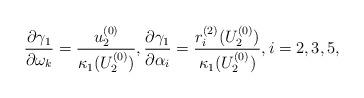
LaTeX: \begin{align*}\frac{\partial\gamma_1}{\partial\omega_k}=\frac{{u}_2^{(0)}}{\kappa_1({U}_2^{(0)})},\frac{\partial\gamma_1}{\partial\alpha_i}=\frac{r_{i}^{(2)}({U}_2^{(0)})}{\kappa_1({U}_2^{(0)})},i=2,3,5,\end{align*}